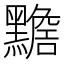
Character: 𪒧